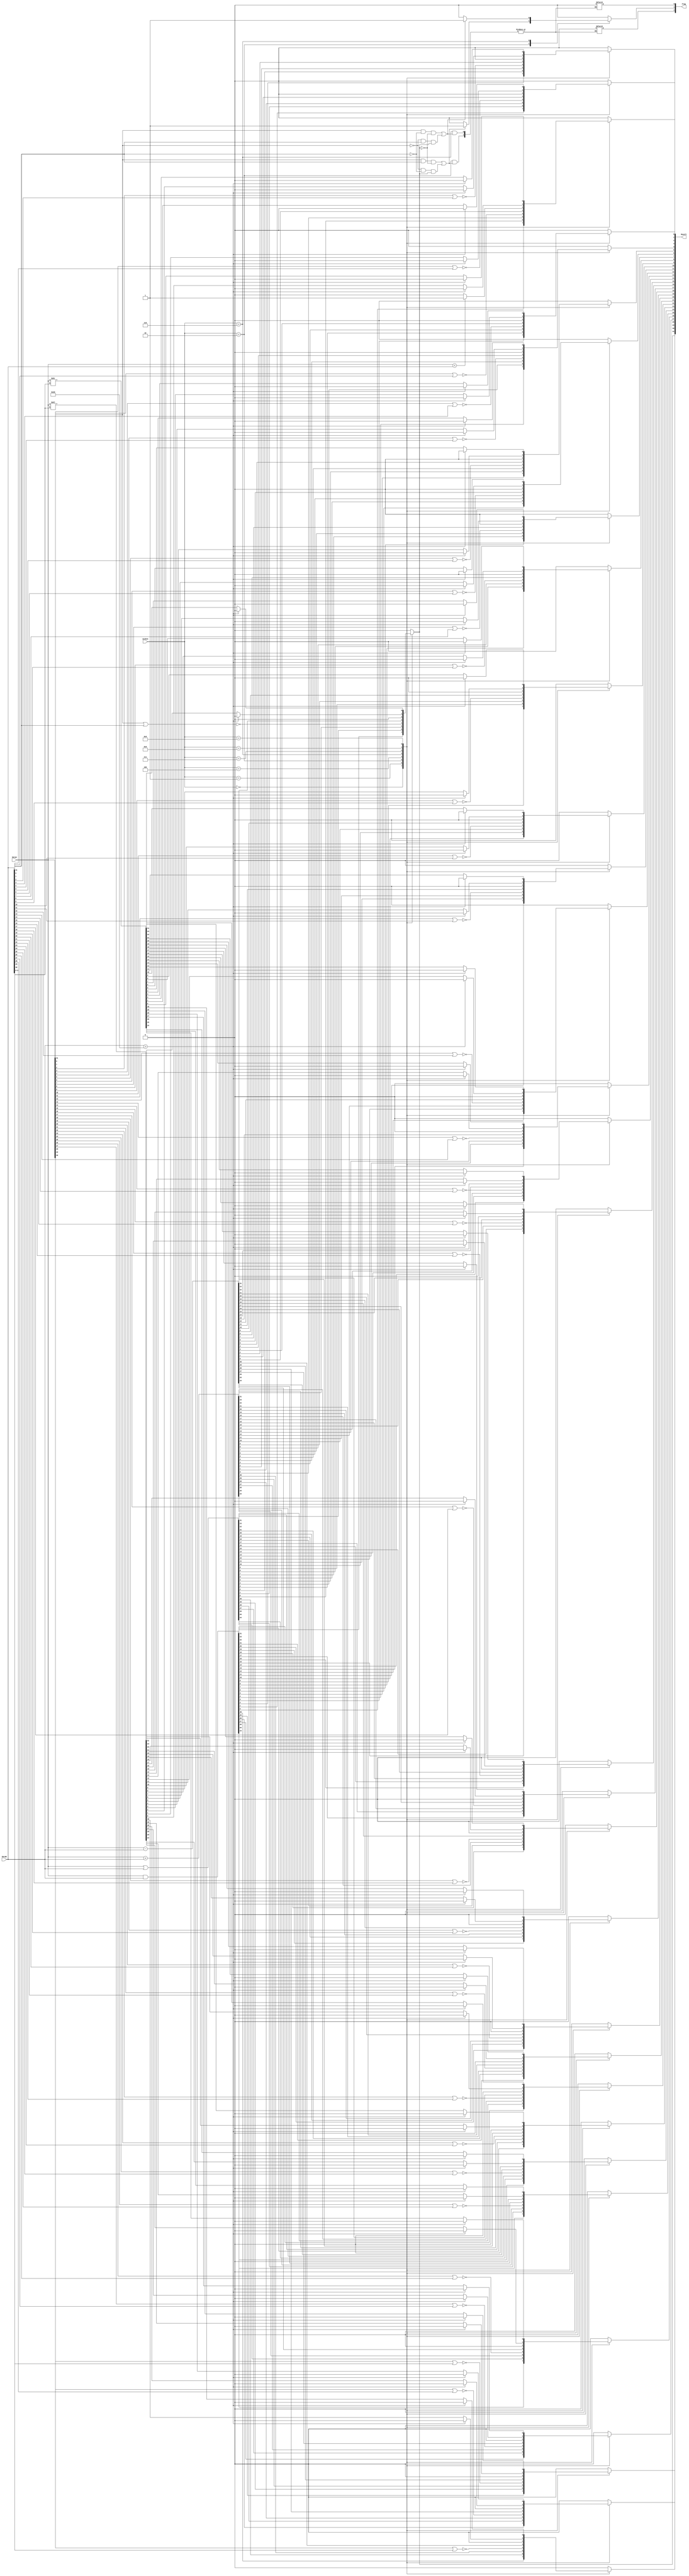
`timescale 1ns / 1ps
//////////////////////////////////////////////////////////////////////////////////
// Company: 
// Engineer: 
// 
// Design Name: 
// Module Name:    ALU 
// Project Name: 
// Target Devices: 
// Tool versions: 
// Description: 
//
// Dependencies: 
//
// Revision: 
// Revision 0.01 - File Created
// Additional Comments: 
//
//////////////////////////////////////////////////////////////////////////////////
module ALU(ALUCon,DataA,DataB,Result,Flag);//Flag contains {Underflow, Overflow, div. by Zero}
    input [3:0] ALUCon;							// underflow yet to do
    input [31:0] DataA,DataB;
	 
	 parameter Flag_Width = 3;
	 
	 output [Flag_Width-1:0] Flag ;
	 reg [Flag_Width-1:0] Flag ;
	 
    output [31:0] Result;   
    reg [31:0] Result;
	 
  //  reg Zero;
    
	 //assign result = Result;
//    initial begin
//        Result <= 32'd0; //not necessary
//		  Flag <= {Flag_Width{0}}; //it is Important. It has to be initialized to zero
//    end
	 
    always@( ALUCon, DataA, DataB)
    begin : calculating_result
      case(ALUCon)
          4'b0000://and
             Result <= DataA&DataB;
          
          4'b0001://or
             Result <= DataA|DataB;
        
          4'b0010://add
			 begin
             Result <= DataA+DataB;
//				 if ((DataA[31] == 1'b1 && DataB[31] == 1'b1 && Result[31] == 1'b0) || (DataA[31] == 1'b0 && DataB[31] == 1'b0 && Result[31] == 1'b1))//overflow
//						Flag[1]<=1'b1;//
			 end    
			 //Multiply not allowed as it degrades throughput
//          4'b0011://multiply
//			 begin
//              Result <= DataA*DataB;
////				  if ((DataA[31] == 1'b1 && DataB[31] == 1'b1 && Result[31] == 1'b0) || (DataA[31] == 1'b0 && DataB[31] == 1'b0 && Result[31] == 1'b1))//overflow
////						Flag[1]<=1'b0;/////////////////
//			 end	  
          4'b0100://nor
              begin
                 Result[0] <= !(DataA[0]|DataB[0]);
                 Result[1] <= !(DataA[1]|DataB[1]);
                 Result[2] <= !(DataA[2]|DataB[2]);
                 Result[3] <= !(DataA[3]|DataB[3]);
                 Result[4] <= !(DataA[4]|DataB[4]);
                 Result[5] <= !(DataA[5]|DataB[5]);
                 Result[6] <= !(DataA[6]|DataB[6]);
                 Result[7] <= !(DataA[7]|DataB[7]);
                 Result[8] <= !(DataA[8]|DataB[8]);
                 Result[9] <= !(DataA[9]|DataB[9]);
                 Result[10] <= !(DataA[10]|DataB[10]);
                 Result[11] <= !(DataA[11]|DataB[11]);
                 Result[12] <= !(DataA[12]|DataB[12]);
                 Result[13] <= !(DataA[13]|DataB[13]);
                 Result[14] <= !(DataA[14]|DataB[14]);
                 Result[15] <= !(DataA[15]|DataB[15]);
                 Result[16] <= !(DataA[16]|DataB[16]);
                 Result[17] <= !(DataA[17]|DataB[17]);
                 Result[18] <= !(DataA[18]|DataB[18]);
                 Result[19] <= !(DataA[19]|DataB[19]);
					  Result[20] <= !(DataA[20]|DataB[20]);
                 Result[21] <= !(DataA[21]|DataB[21]);
                 Result[22] <= !(DataA[22]|DataB[22]);
                 Result[23] <= !(DataA[23]|DataB[23]);
                 Result[24] <= !(DataA[24]|DataB[24]);
                 Result[25] <= !(DataA[25]|DataB[25]);
                 Result[26] <= !(DataA[26]|DataB[26]);
                 Result[27] <= !(DataA[27]|DataB[27]);
                 Result[28] <= !(DataA[28]|DataB[28]);
                 Result[29] <= !(DataA[29]|DataB[29]);
                 Result[30] <= !(DataA[30]|DataB[30]);
                 Result[31] <= !(DataA[31]|DataB[31]);
              end
              
//			 4'b0101://divide
//			 begin
////				 Result <= DataA/DataB;
////				 if(DataB == 32'd0)
////						Flag[0] <= 1'b1;
//			 end
             
          4'b0110://sub
			 begin
             Result <= DataA-DataB;
//				 if ((DataA[31] == 1'b1 && DataB[31] == 1'b0 && Result[31] == 1'b0) || (DataA[31] == 1'b0 && DataB[31] == 1'b1 && Result[31] == 1'b1))//overflow
//						Flag[1]<=1'b1;//
			 end
			 
          4'b0111://slt
             Result <= DataA<DataB ? 1:0;
             
          4'b1000://sll
			 begin
//             Result <= (DataA<<DataB[5:0]); 
				 //DataB should be positive
				 if(DataB > 32'd32)
						Result <= 0;
				 else
						Result <= (DataA<<DataB[4:0]);//it cann't be shifted by large amt
          end   
			 
          4'b1001://srl
			 begin
//             Result <= (DataA>>DataB[5:0]);    
				 if(DataB > 32'd32)
						Result <= 0;
				 else
						Result <= (DataA>>DataB[4:0]);//it cann't be shifted by large amt
			 end
          default: //error
          begin
              $display("ALUERROR");
              Result <= 0;
          end
          
      endcase
    end
	 
	//assign Flag = ()
	 always @ (Result,ALUCon,DataA,DataB)
	 begin : setting_flag
		case (ALUCon)
		    4'b0010://add
			 begin
				 if ((DataA[31] == 1'b1 && DataB[31] == 1'b1 && Result[31] == 1'b0) || (DataA[31] == 1'b0 && DataB[31] == 1'b0 && Result[31] == 1'b1))//overflow
						Flag[1]<=1'b1;//
				 else
						Flag <= 3'b000;
			 end

//			 4'b0011://multiply
//			 begin
//				  if ((DataA[31] == 1'b1 && DataB[31] == 1'b1 && Result[31] == 1'b0) || (DataA[31] == 1'b0 && DataB[31] == 1'b0 && Result[31] == 1'b1))//overflow
//						Flag[1]<=1'b0;/////////////////
//				  else
//						Flag <= 3'b000;
//			 end
			 
//			 4'b0101://divide
//			 begin
////				 Result <= DataA/DataB;
////				 if(DataB == 32'd0)
////						Flag[0] <= 1'b1;
////				 else
////						Flag <= 3'b000;
//			 end
			 
			 4'b0110://sub
			 begin
				 if ((DataA[31] == 1'b1 && DataB[31] == 1'b0 && Result[31] == 1'b0) || (DataA[31] == 1'b0 && DataB[31] == 1'b1 && Result[31] == 1'b1))//overflow
						Flag[1]<=1'b1;//
				 else
						Flag <= 3'b000;
			 end
			 
			 default:
			 begin
				 Flag <= 3'b000;
			 end
		endcase
	 end

endmodule